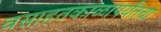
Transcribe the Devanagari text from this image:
वसाहतकाळापर्यंतचा